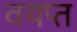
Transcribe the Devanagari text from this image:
वयप्त